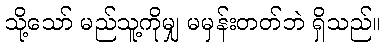
သို့သော် မည်သူ့ကိုမျှ မမှန်းတတ်ဘဲ ရှိသည်။